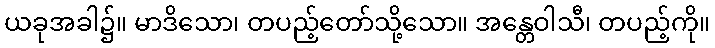
ယခုအခါ၌။ မာဒိသော၊ တပည့်တော်သို့သော။ အန္တေဝါသီ၊ တပည့်ကို။